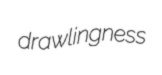
drawlingness